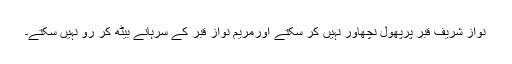
نواز شریف قبر پرپھول نچھاور نہیں کر سکتے اورمریم نواز قبر کے سرہانے بیٹھ کر رو نہیں سکتے۔